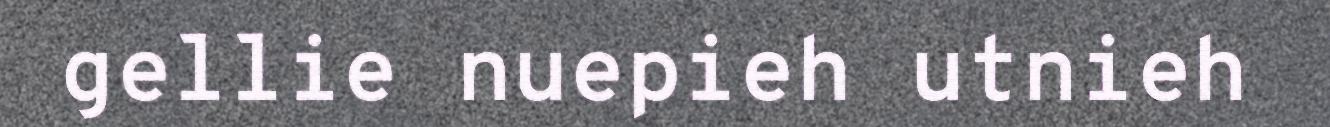
gellie nuepieh utnieh